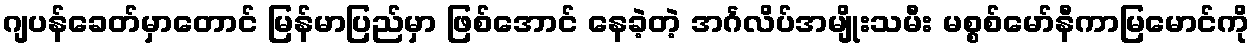
ဂျပန်ခေတ်မှာတောင် မြန်မာပြည်မှာ ဖြစ်အောင် နေခဲ့တဲ့ အင်္ဂလိပ်အမျိုးသမီး မစ္စစ်မော်နီကာမြမောင်ကို